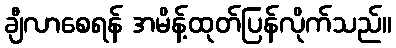
ချီလာစေရန် အမိန့်ထုတ်ပြန်လိုက်သည်။